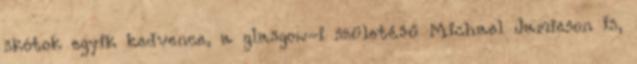
skótok egyik kedvence, a glasgow-i születésű Michael Jamieson is,